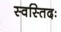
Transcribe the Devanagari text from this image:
स्वस्तिदः